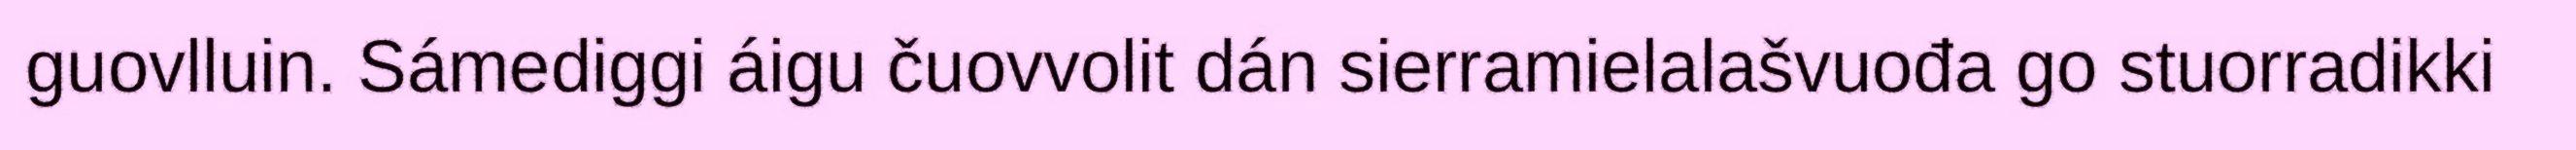
guovlluin. Sámediggi áigu čuovvolit dán sierramielalašvuođa go stuorradikki